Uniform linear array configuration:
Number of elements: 4
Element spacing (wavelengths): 0.75
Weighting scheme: kaiser
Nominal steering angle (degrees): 60
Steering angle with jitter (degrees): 59.338
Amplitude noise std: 0.05
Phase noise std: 0.05

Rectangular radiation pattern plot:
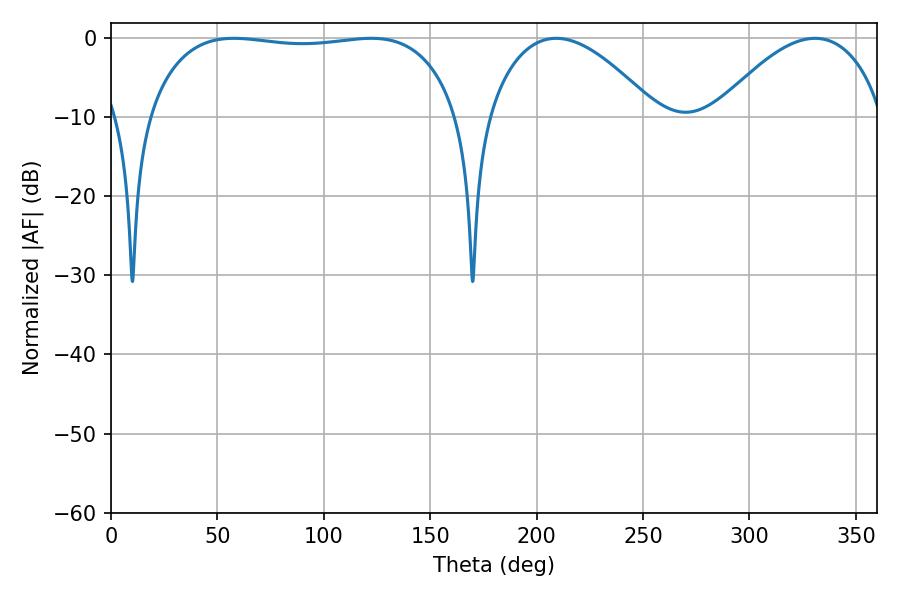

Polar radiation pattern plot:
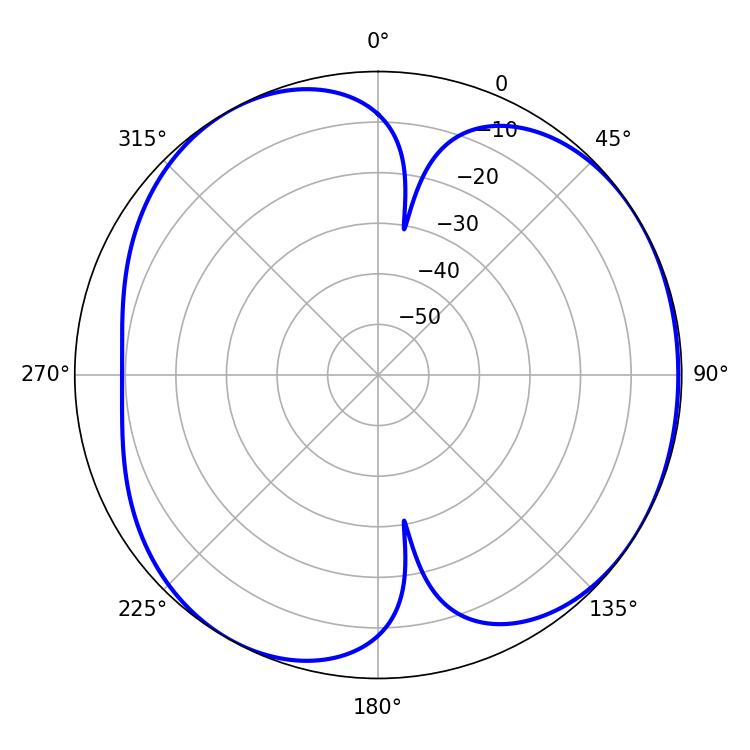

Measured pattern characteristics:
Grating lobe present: TRUE
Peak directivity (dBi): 4.716
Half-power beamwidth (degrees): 116.28
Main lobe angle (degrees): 57.78